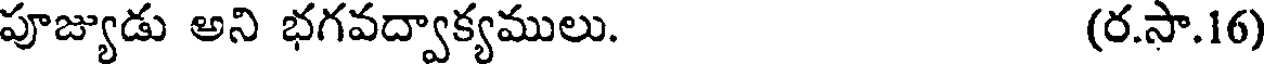
పూజ్యుడు అని భగవద్వాక్యములు. (ర.సా.16)